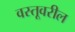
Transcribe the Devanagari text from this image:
वस्तूवरील